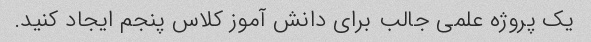
یک پروژه علمی جالب برای دانش آموز کلاس پنجم ایجاد کنید.